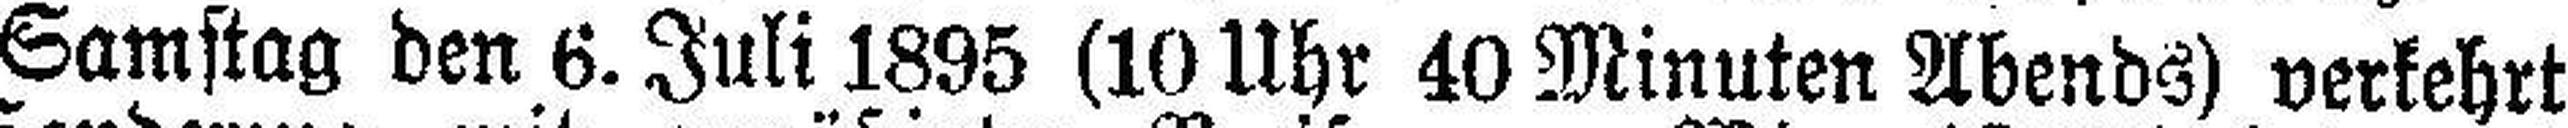
Samstag den 6. Juli 1895 (10 Uhr 40 Minuten Abends) verkehrt